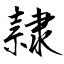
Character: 隷